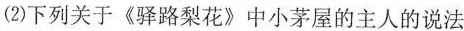
(2)下列关于《驿路梨花》中小茅屋的主人的说法